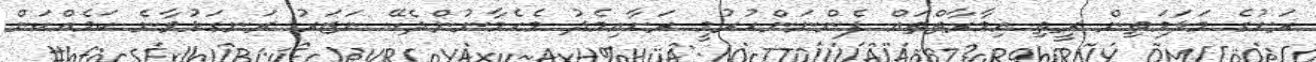
ރަށުގެ މަލަމަތިން ރީތި އިމާރާތްތައް ފެންނަންހުރުމީ ރަށާއިމެދު މެހެމާނުންދެކޭ ނަޒަރު ރަނގަޅުވާނެ ކަމެއްކަން